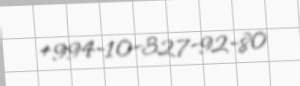
+994-10-327-92-80